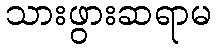
သားဖွားဆရာမ